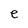
Character: e